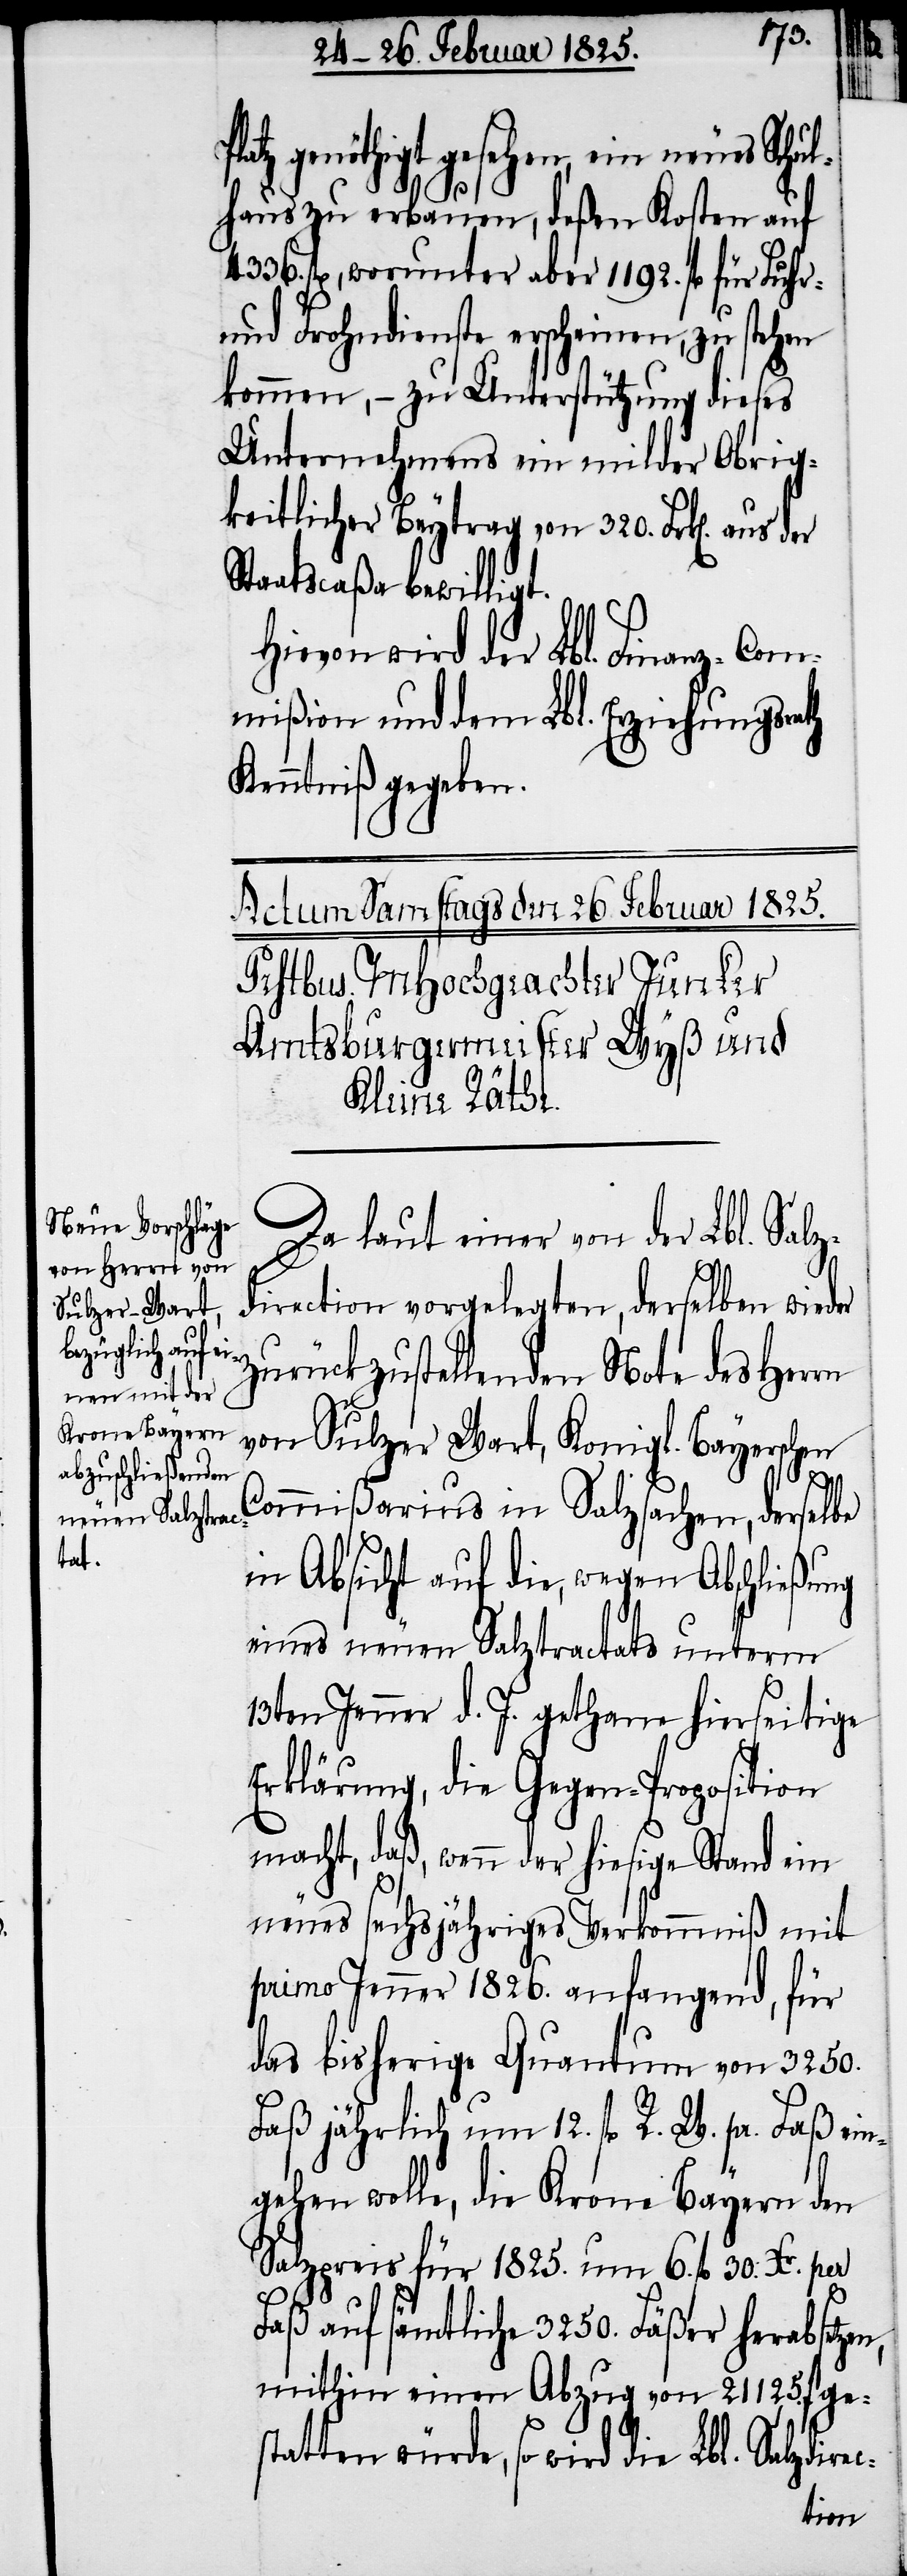
Platz genöthigt gesehen, ein neues Schul¬
haus zu erbauen, deßen Kosten auf
4336. fl, worunter aber 1192. fl für Fuhr-
und Frohndienste erscheinen, zu stehen
kommen, − zu Unterstützung dieses
Unternehmens ein milder Obrig¬
keitlicher Beytrag von 320. Frk[en]. aus
Staatscaßa bewilligt.
Hievon wird der Lbl. Finanz-Com¬
mißion und dem Lbl. Erziehungsrath
Kenntniß gegeben.
Da laut einer von der Lbl. Salz¬
direction vorgelegten, derselben wieder
zurückzustellenden Note des Herrn
von Sulzer Wart, Konigl. Bayerschen
Commißarius in Salzsachen, derselbe
in Absicht auf die, wegen Abschließung
eines neuen Salztractats unterm
13ten Jenner d. J. gethane hierseitige
Erklärung, die Gegen-Proposition
macht, daß, wenn der hiesige Stand ein
neues sechsjähriges Verkommniß mit
primo Jenner 1826. anfangend, für
das bisherige Quantum von 3250.
Faß jährlich um 12. fl R. W. pr. Faß ein¬
gehen wolle, die Krone Bayern den
Salzpreis für 1825. um 6. fl. 30. Xr. per
Faß auf sämtliche 3250. Fäßer herabse¬
mithin einen Abzug von 21125. f ge¬
statten würde, so wird die Lbl.
tzen,